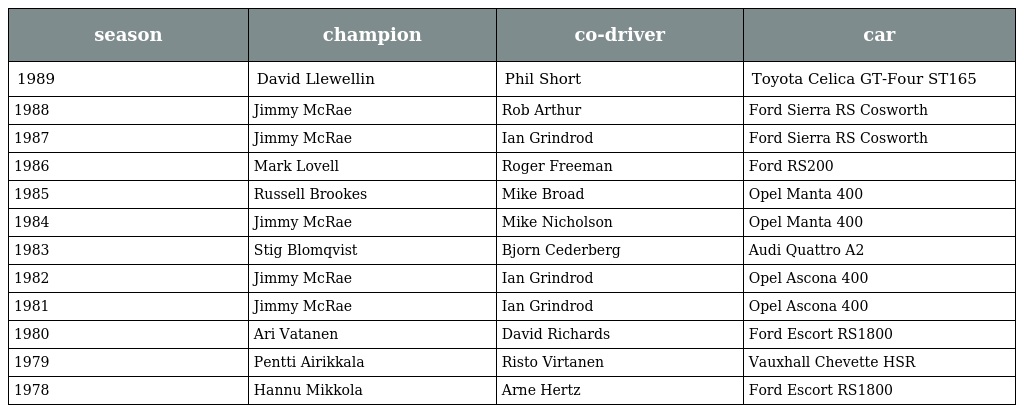
| season | champion | co-driver | car |
 | --- | --- | --- | --- |
 | 1989 | David Llewellin | Phil Short | Toyota Celica GT-Four ST165 |
 | 1988 | Jimmy McRae | Rob Arthur | Ford Sierra RS Cosworth |
 | 1987 | Jimmy McRae | Ian Grindrod | Ford Sierra RS Cosworth |
 | 1986 | Mark Lovell | Roger Freeman | Ford RS200 |
 | 1985 | Russell Brookes | Mike Broad | Opel Manta 400 |
 | 1984 | Jimmy McRae | Mike Nicholson | Opel Manta 400 |
 | 1983 | Stig Blomqvist | Bjorn Cederberg | Audi Quattro A2 |
 | 1982 | Jimmy McRae | Ian Grindrod | Opel Ascona 400 |
 | 1981 | Jimmy McRae | Ian Grindrod | Opel Ascona 400 |
 | 1980 | Ari Vatanen | David Richards | Ford Escort RS1800 |
 | 1979 | Pentti Airikkala | Risto Virtanen | Vauxhall Chevette HSR |
 | 1978 | Hannu Mikkola | Arne Hertz | Ford Escort RS1800 |